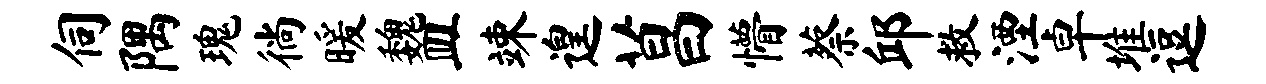
伺隅瑰徜暖魏皿竦遑菖懵蔡邱救湮卓堆逗